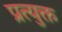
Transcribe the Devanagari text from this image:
प्रत्युक्त